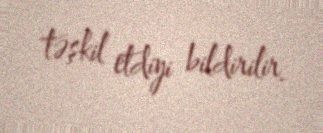
təşkil etdiyi bildirilir.